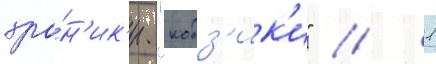
хро́н'ик'и "кодз'ик'и" // 1